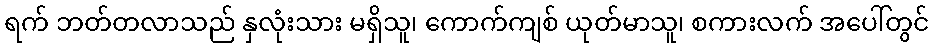
ရက် ဘတ်တလာသည် နှလုံးသား မရှိသူ၊ ကောက်ကျစ် ယုတ်မာသူ၊ စကားလက် အပေါ်တွင်